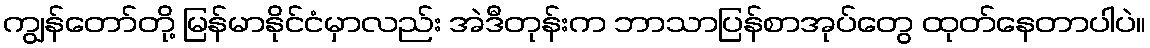
ကျွန်တော်တို့ မြန်မာနိုင်ငံမှာလည်း အဲဒီတုန်းက ဘာသာပြန်စာအုပ်တွေ ထုတ်နေတာပါပဲ။